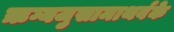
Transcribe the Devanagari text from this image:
ऋग्यजुसामाथर्वके